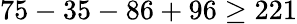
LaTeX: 75-35-86+96\geq 221